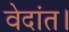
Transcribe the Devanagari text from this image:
वेदांत।